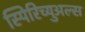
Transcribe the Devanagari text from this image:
स्पिरिच्युअल्स